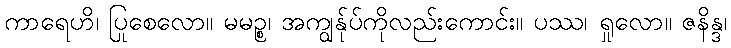
ကာရေဟိ၊ ပြုစေလော။ မမဉ္စ၊ အကျွန်ုပ်ကိုလည်းကောင်း။ ပဿ၊ ရှုလော။ ဇနိန္ဒ၊